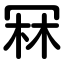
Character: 冧